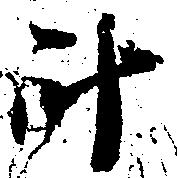
斗